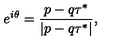
e ^ { i \theta } = { \frac { p - q \tau ^ { * } } { | p - q \tau ^ { * } | } } ,